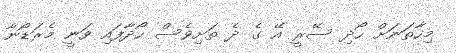
މިހާތަނަށް ހޯދި ސޭރީ އޭ ގެ ދެ ތަށިވެސް ހޯދާފައި ވަނީ މެރަޑޯނާ